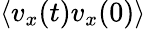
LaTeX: \langle v_{x}(t)v_{x}(0)\rangle